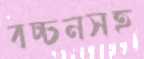
বচ্চনসহ